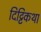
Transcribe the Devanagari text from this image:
दिट्टिकथा